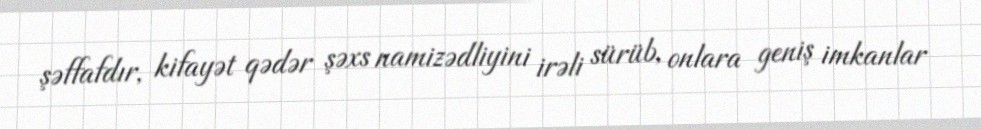
şəffafdır, kifayət qədər şəxs namizədliyini irəli sürüb, onlara geniş imkanlar